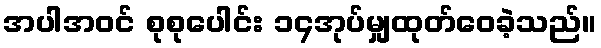
အပါအဝင် စုစုပေါင်း ၁၄အုပ်မျှထုတ်ဝေခဲ့သည်။